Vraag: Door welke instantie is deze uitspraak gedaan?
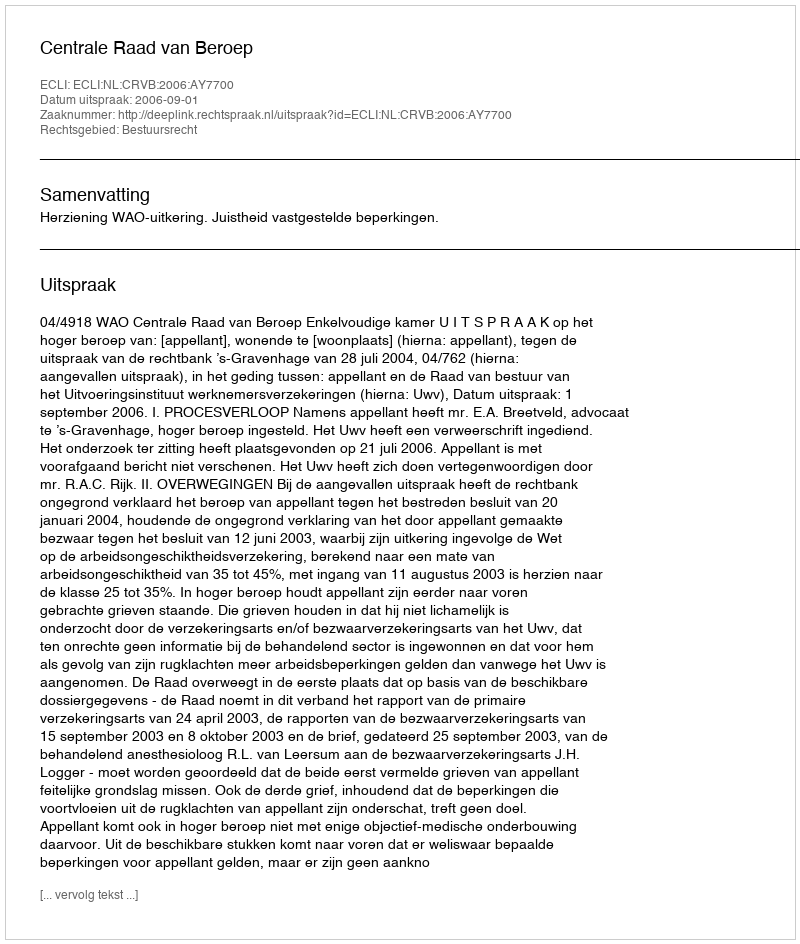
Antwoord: Centrale Raad van Beroep